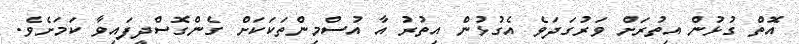
އޮތް ގުޅުން އިތުރަށް ވަރުގަދަވެ އެގުޅުން އިތުރު އާ އުސްމިންތަކަކަށް ގެންގޮސްދީފައިވާ ކަމަށެވެ.